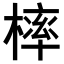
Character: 𣘚